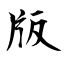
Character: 版